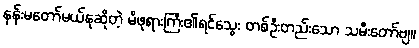
နန်းမတော်မယ်နုဆိုတဲ့ မိဖုရားကြီး၏ရင်သွေး တစ်ဦးတည်းသော သမီးတော်ဗျ။